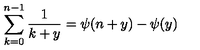
\sum _ { k = 0 } ^ { n - 1 } \frac { 1 } { k + y } = \psi ( n + y ) - \psi ( y )